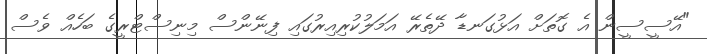
"އޭސީސީން އެ ގޮތަށް އަޅުގަނޑާ ދޭތެރޭ އަމަލުކުރިއިރުގައި ފިނޭންސް މިނިސްޓްރީގެ ބަހެއް ވެސް